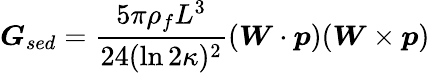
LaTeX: \boldsymbol{G}_{sed}=\frac{5\pi\rho_{f}L^{3}}{24(\ln 2\kappa)^{2}}(\boldsymbol{W}\cdot\boldsymbol{p})(\boldsymbol{W}\times\boldsymbol{p})